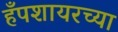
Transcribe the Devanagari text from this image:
हँपशायरच्या